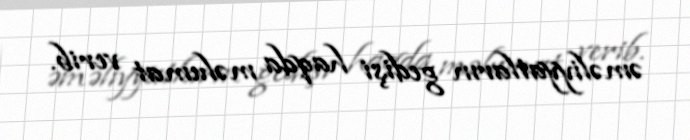
əməliyyatların gedişi haqda məlumat verib.